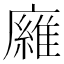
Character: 𢋘